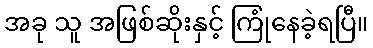
အခု သူ အဖြစ်ဆိုးနှင့် ကြုံနေခဲ့ရပြီ။